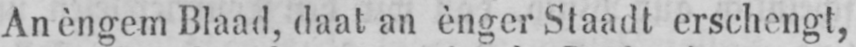
An èngem Blaad, daat an ènger Staadt erschengt,